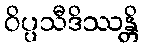
ဝိပ္ပသီဒိဿန္တိ